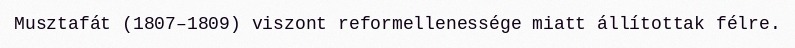
Musztafát (1807–1809) viszont reformellenessége miatt állítottak félre.